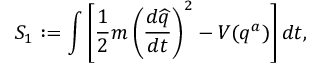
S _ { 1 } : = \int \left[ \frac { 1 } { 2 } m \left( \frac { d \widehat { q } } { d t } \right) ^ { 2 } - V ( q ^ { a } ) \right] d t ,